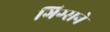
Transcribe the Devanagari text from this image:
गिग्सने